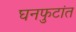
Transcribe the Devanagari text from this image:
घनफुटांत